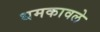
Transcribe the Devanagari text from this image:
धमकावले